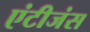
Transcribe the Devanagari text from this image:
एंटीजंस